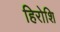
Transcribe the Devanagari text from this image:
हिरोशि